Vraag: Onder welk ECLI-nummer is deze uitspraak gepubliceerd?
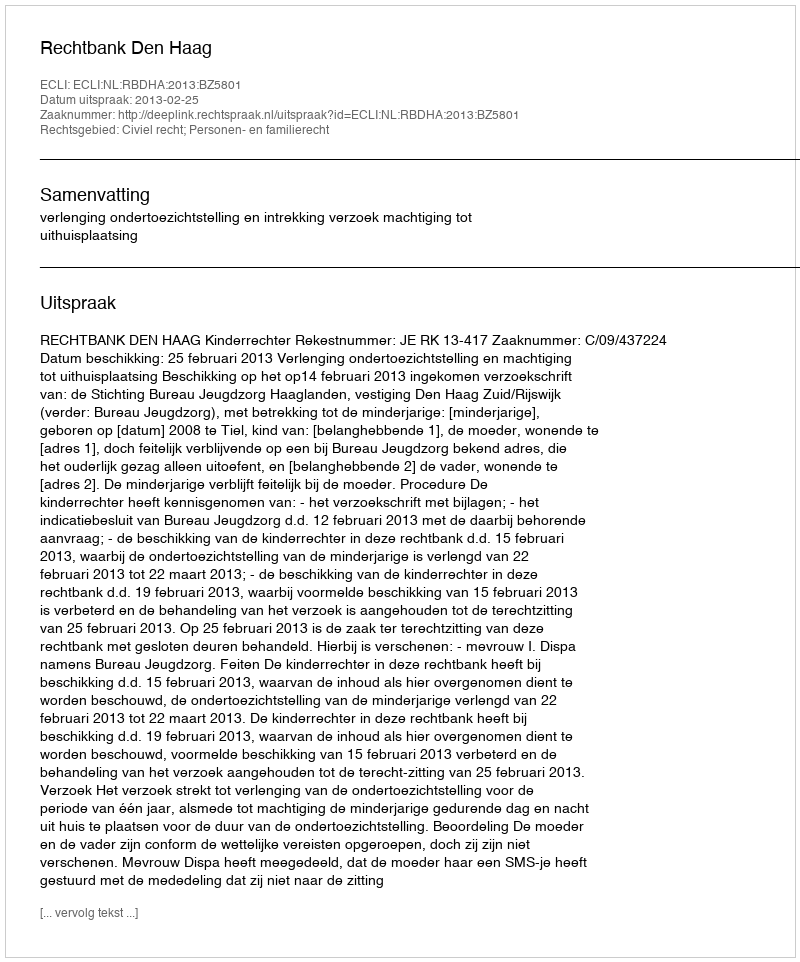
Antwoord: ECLI:NL:RBDHA:2013:BZ5801